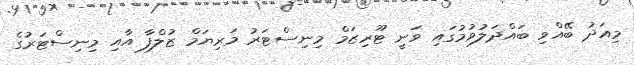
މިއަދު ބޭއްވި ބައްދަލުވުމުގައި ވަނީ ޓޫރިޒަމް މިނިސްޓަރު މަރިޔަމް ޒުލްފާ އާއި މިނިސްޓަރުގެ